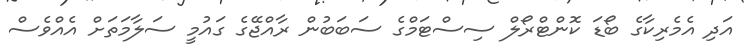
އަދި އެމެރިކާގެ ބޯޑަ ކޮންޓްރޯލް ސިސްޓަމްގެ ސަބަބުން ރާއްޖޭގެ ގައުމީ ސަލާމަތަށް އެެއްވެސް